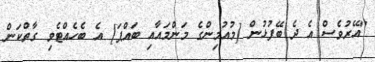
"އޭރުވެސް އެ ދެ ބޭފުޅުން [މުއުމިންގެ މަންމައާއި ބައްޕަ] އެ ބެހެއްޓެވި ގާތްކަން